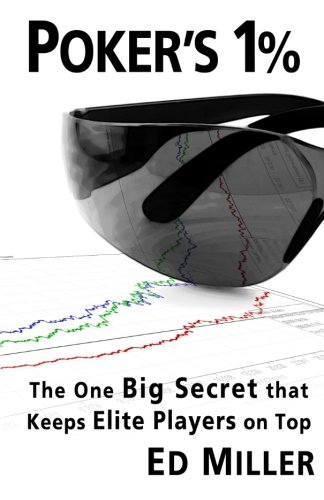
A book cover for Poker's 1%: The One Big Secret That Keeps Elite Players On Top; Ed Miller; Humor & Entertainment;